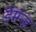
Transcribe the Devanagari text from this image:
डेमन्ड